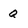
Character: Q